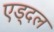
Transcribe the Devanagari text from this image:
एड्दल